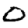
Digit: 0